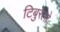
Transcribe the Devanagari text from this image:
टिबुरेलो